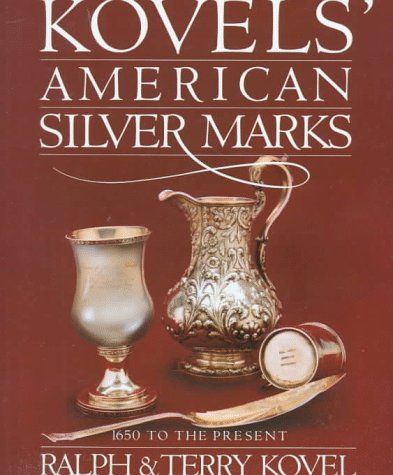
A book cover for Kovels' American Silver Marks; Ralph Kovel; Crafts, Hobbies & Home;